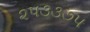
૨૫૩૩૭૫